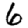
Digit: 6